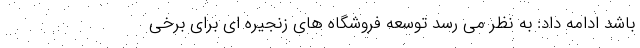
باشد ادامه داد: به نظر می رسد توسعه فروشگاه های زنجیره ای برای برخی